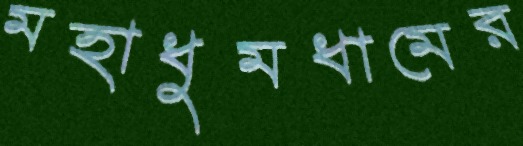
মহাধুমধামের